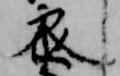
参